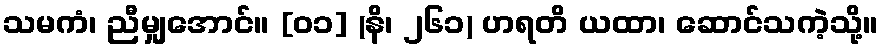
သမကံ၊ ညီမျှအောင်။ [၀၁] (နိ၊ ၂၆၁) ဟရတိ ယထာ၊ ဆောင်သကဲ့သို့။